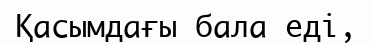
Қасымдағы бала едi,